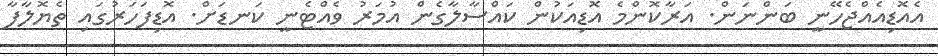
އެއޮޑިއެއްޖެހޭނީ ބަންނަން. އަރާކޮންމެ އޮޑިއަކުން ކައްސާލާގެން އުމަރު ވެއްޓެނީ ކަނޑަށް. އޮޑިފަހަރުގައި ތެޔޮލާފާ